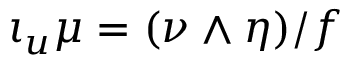
\iota _ { u } \mu = ( \nu \wedge \eta ) / f